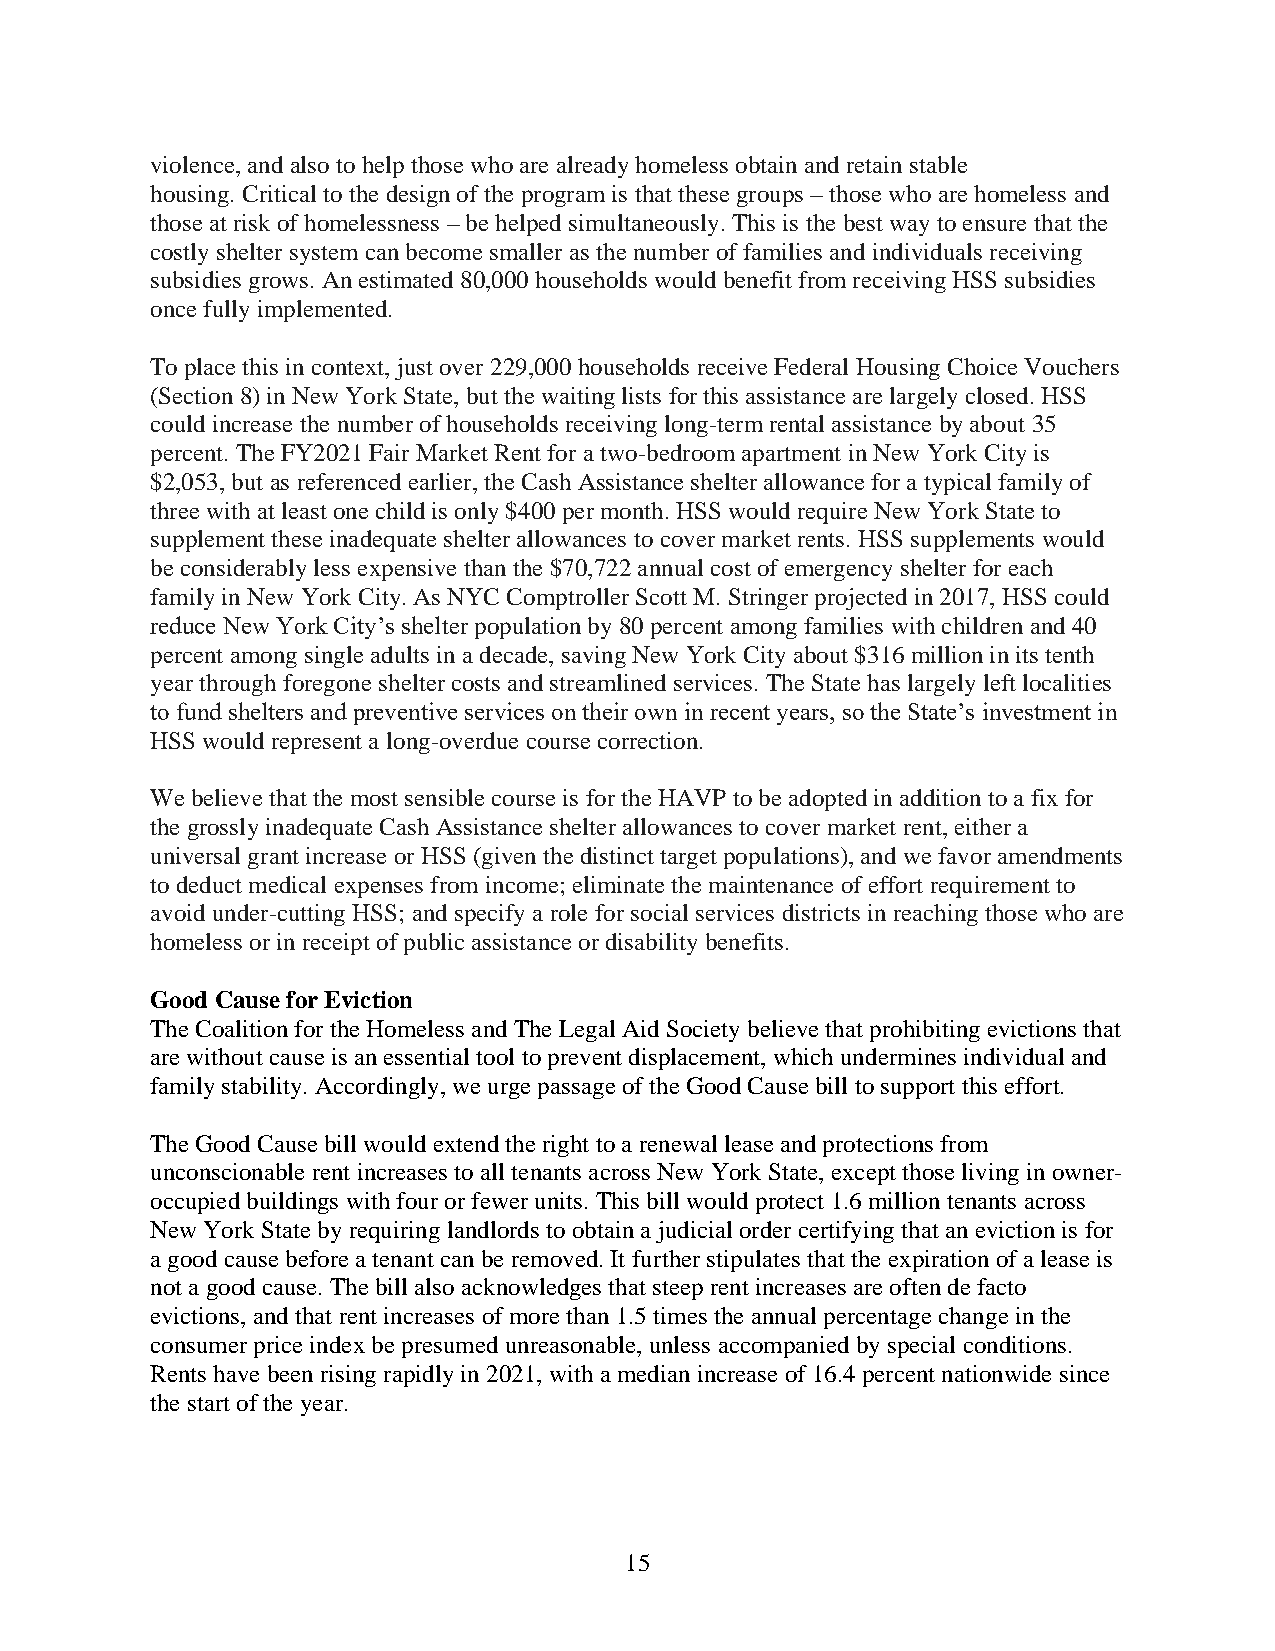
violence, and also to help those who are already homeless obtain and retain stable
 housing. Critical to the design of the program is that these groups – those who are homeless and
 those at risk of homelessness – be helped simultaneously. This is the best way to ensure that the
 costly shelter system can become smaller as the number of families and individuals receiving
 subsidies grows. An estimated 80,000 households would benefit from receiving HSS subsidies
 once fully implemented.
 To place this in context, just over 229,000 households receive Federal Housing Choice Vouchers
 (Section 8) in New York State, but the waiting lists for this assistance are largely closed. HSS
 could increase the number of households receiving long-term rental assistance by about 35
 percent. The FY2021 Fair Market Rent for a two-bedroom apartment in New York City is
 $2,053, but as referenced earlier, the Cash Assistance shelter allowance for a typical family of
 three with at least one child is only $400 per month. HSS would require New York State to
 supplement these inadequate shelter allowances to cover market rents. HSS supplements would
 be considerably less expensive than the $70,722 annual cost of emergency shelter for each
 family in New York City. As NYC Comptroller Scott M. Stringer projected in 2017, HSS could
 reduce New York City’s shelter population by 80 percent among families with children and 40
 percent among single adults in a decade, saving New York City about $316 million in its tenth
 year through foregone shelter costs and streamlined services. The State has largely left localities
 to fund shelters and preventive services on their own in recent years, so the State’s investment in
 HSS would represent a long-overdue course correction.
 We believe that the most sensible course is for the HAVP to be adopted in addition to a fix for
 the grossly inadequate Cash Assistance shelter allowances to cover market rent, either a
 universal grant increase or HSS (given the distinct target populations), and we favor amendments
 to deduct medical expenses from income; eliminate the maintenance of effort requirement to
 avoid under-cutting HSS; and specify a role for social services districts in reaching those who are
 homeless or in receipt of public assistance or disability benefits.
 Good Cause for Eviction
 The Coalition for the Homeless and The Legal Aid Society believe that prohibiting evictions that
 are without cause is an essential tool to prevent displacement, which undermines individual and
 family stability. Accordingly, we urge passage of the Good Cause bill to support this effort.
 The Good Cause bill would extend the right to a renewal lease and protections from
 unconscionable rent increases to all tenants across New York State, except those living in owner-
 occupied buildings with four or fewer units. This bill would protect 1.6 million tenants across
 New York State by requiring landlords to obtain a judicial order certifying that an eviction is for
 a good cause before a tenant can be removed. It further stipulates that the expiration of a lease is
 not a good cause. The bill also acknowledges that steep rent increases are often de facto
 evictions, and that rent increases of more than 1.5 times the annual percentage change in the
 consumer price index be presumed unreasonable, unless accompanied by special conditions.
 Rents have been rising rapidly in 2021, with a median increase of 16.4 percent nationwide since
 the start of the year.
 15